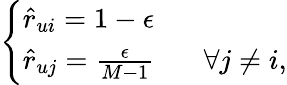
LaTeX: \left\{ \begin{array}{ll}{\hat{r}_{ui}=1-\epsilon}&{}\\ {\hat{r}_{uj}=\frac{\epsilon}{M-1}}&{~~~\forall j\ne i,}\end{array}\right.